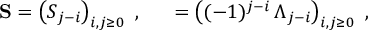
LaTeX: { \bf S } = \left( S _ { j - i } \right) _ { i , j \geq 0 } \ , \quad { \bf \Lambda } = \left( ( - 1 ) ^ { j - i } \, \Lambda _ { j - i } \right) _ { i , j \geq 0 } \ ,